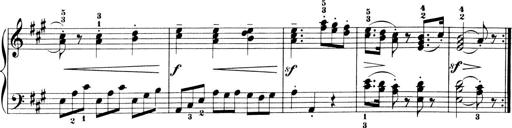
Title: 6 Piano Sonatinas
Composer: Cornelius Gurlitt